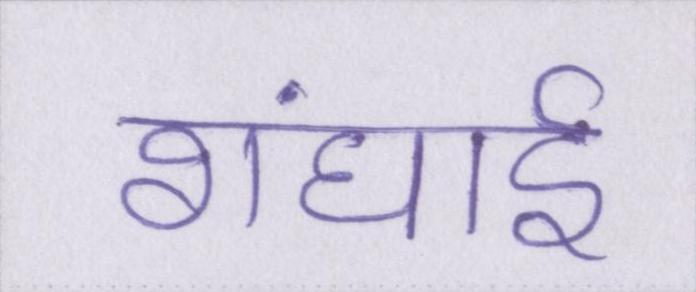
शंघाई